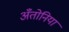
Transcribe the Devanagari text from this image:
अँतोनिया